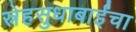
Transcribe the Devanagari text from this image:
स्नेहसुधाबाईंचा